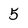
Character: 5